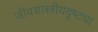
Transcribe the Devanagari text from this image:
जीवशास्त्रीयदृष्ट्या